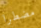
مضطرا